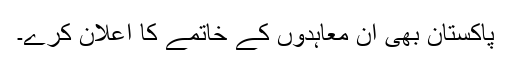
پاکستان بھی ان معاہدوں کے خاتمے کا اعلان کرے۔